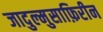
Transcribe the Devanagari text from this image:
जादुल्मुसाफ़िरीन